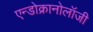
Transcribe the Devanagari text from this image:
एन्डोक्रानोलॉजी